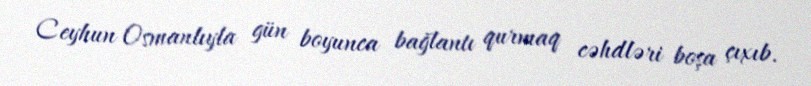
Ceyhun Osmanlıyla gün boyunca bağlantı qurmaq cəhdləri boşa çıxıb.